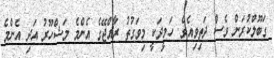
ގަބޫލްކުރަން ވެސް ދަތިވިއެވެ. ހަމީދަކީ މިވަގުތު ރާއްޖޭގެ އެންމެ މަޝްހޫރު އަދި އެންމެ